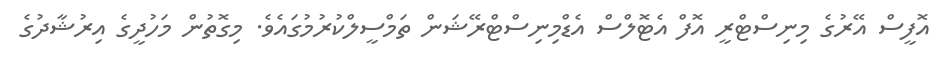
އޮފީސް އޭރުގެ މިނިސްޓްރީ އޮފް އެޓޮލްސް އެޑްމިނިސްޓްރޭޝަން ތަމްސީލްކުރުމުގައެވެ. މިގޮތުން މަހުދީގެ އިރުޝާދުގެ